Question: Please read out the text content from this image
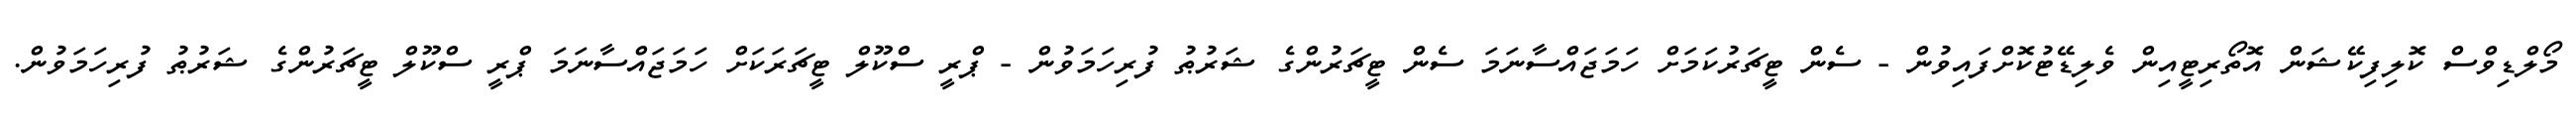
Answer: މޯލްޑިވްސް ކޮލިފިކޭޝަން އޮތޯރިޓީއިން ވެލިޑޭޓުކޮށްފައިވުން - ސެން ޓީޗަރުކަމަށް ހަމަޖައްސާނަމަ ސެން ޓީޗަރުންގެ ޝަރުޠު ފުރިހަމަވުން - ޕްރީ ސްކޫލް ޓީޗަރަކަށް ހަމަޖައްސާނަމަ ޕްރީ ސްކޫލް ޓީޗަރުންގެ ޝަރުޠު ފުރިހަމަވުން.